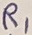
Text: R1